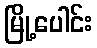
မြို့ပေါင်း